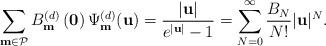
LaTeX: \begin{align*}\sum_{\mathbf{m} \in \mathcal{P}} B_{\mathbf{m}}^{(d)}\left(\mathbf{0}\right) \Psi _{\mathbf{m}}^{(d)}(\mathbf{u}) = \frac{|\mathbf{u}|}{e^{|\mathbf{u}|}-1} = \sum_{N=0}^{\infty} \frac{B_{N}}{N!}|\mathbf{u}|^{N}. \end{align*}